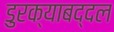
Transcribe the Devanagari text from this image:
डुरक्याबद्दल